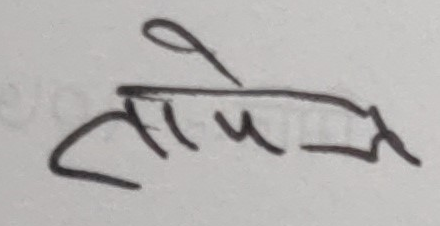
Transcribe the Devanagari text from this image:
तोपले